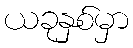
ယခုနှစ်မှာ